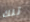
تلك